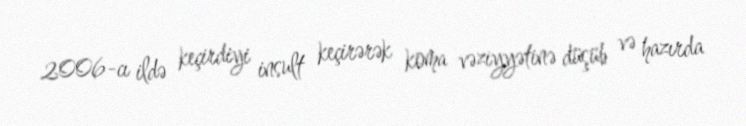
2006-cı ildə keçirdiyi insult keçirərək koma vəziyyətinə düşüb və hazırda